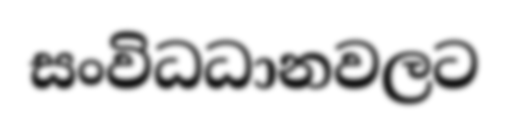
සංවිධධානවලට